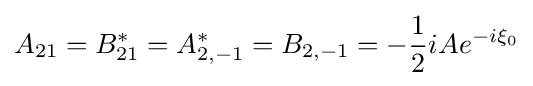
A_{21}=B_{21}^{*}=A_{2,-1}^{*}=B_{2,-1}=-{\frac {1}{2}}iAe^{-i\xi _{0}}